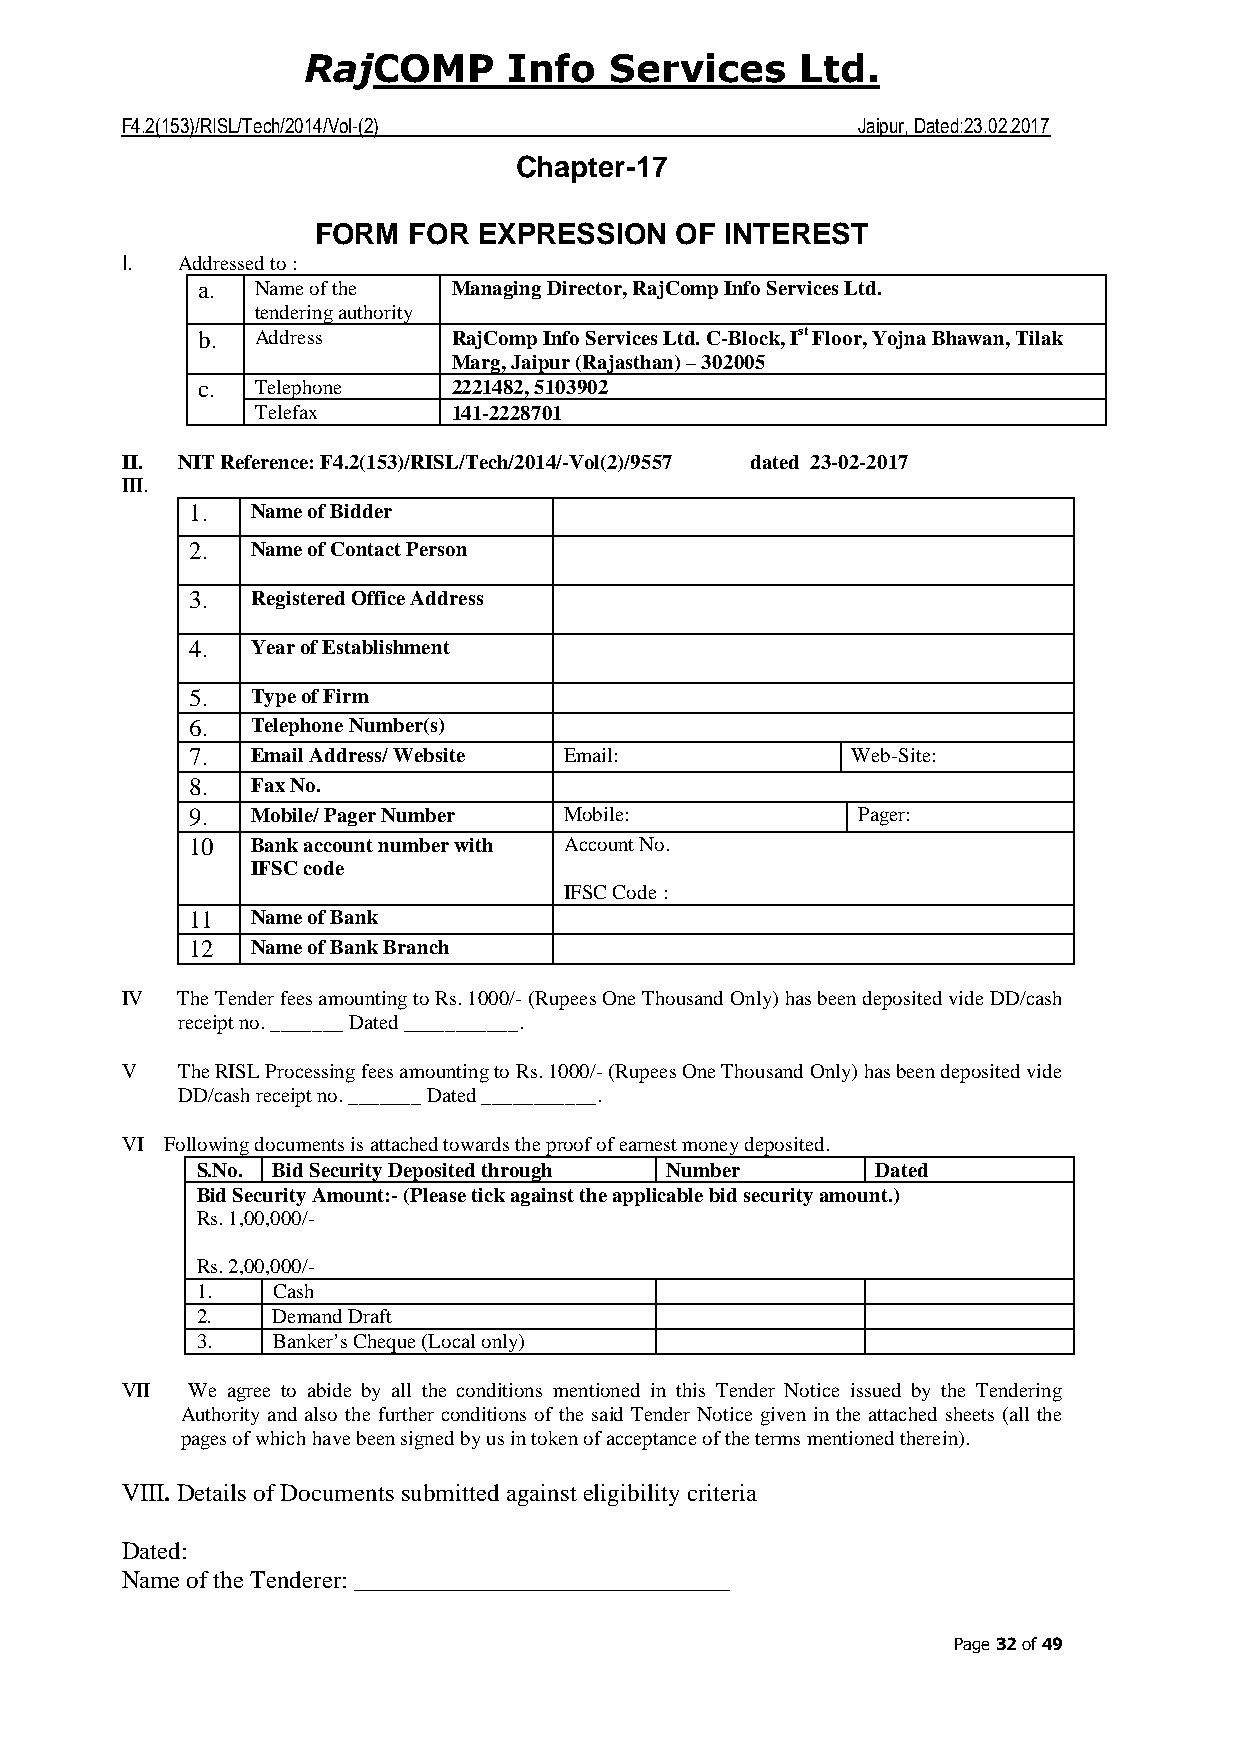
COMP     Info  Services     Ltd.
 Raj
 F4.2(153)/RISL/Tech/2014/Vol-(2)                 Jaipur, Dated:23.02.2017
 Chapter-17
 FORM  FOR  EXPRESSION   OF INTEREST
 I.  Addressed to :
 a.  Name of the  Managing Director, RajComp Info Services Ltd.
 tendering authority
 b.  Address      RajComp Info Services Ltd. C-Block, Ist Floor, Yojna Bhawan, Tilak
 Marg, Jaipur (Rajasthan) – 302005
 c.  Telephone    2221482, 5103902
 Telefax      141-2228701
 II. NIT Reference: F4.2(153)/RISL/Tech/2014/-Vol(2)/9557 dated 23-02-2017
 III.
 1.  Name of Bidder
 2.  Name of Contact Person
 3.  Registered Office Address
 4.  Year of Establishment
 5.  Type of Firm
 6.  Telephone Number(s)
 7.  Email Address/ Website Email:          Web-Site:
 8.  Fax No.
 9.  Mobile/ Pager Number Mobile:            Pager:
 10  Bank account number with Account No.
 IFSC code
 IFSC Code :
 11  Name of Bank
 12  Name of Bank Branch
 IV  The Tender fees amounting to Rs. 1000/- (Rupees One Thousand Only) has been deposited vide DD/cash
 receipt no. _______ Dated ___________.
 V   The RISL Processing fees amounting to Rs. 1000/- (Rupees One Thousand Only) has been deposited vide
 DD/cash receipt no. _______ Dated ___________.
 VI Following documents is attached towards the proof of earnest money deposited.
 S.No. Bid Security Deposited through Number  Dated
 Bid Security Amount:- (Please tick against the applicable bid security amount.)
 Rs. 1,00,000/-
 Rs. 2,00,000/-
 1.   Cash
 2.   Demand Draft
 3.   Banker’s Cheque (Local only)
 VII We agree to abide by all the conditions mentioned in this Tender Notice issued by the Tendering
 Authority and also the further conditions of the said Tender Notice given in the attached sheets (all the
 pages of which have been signed by us in token of acceptance of the terms mentioned therein).
 VIII. Details of Documents submitted against eligibility criteria
 Dated:
 Name of the Tenderer: ______________________________
 Page 32 of 49